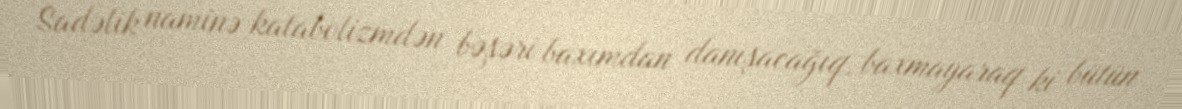
Sadəlik naminə katabolizmdən bəşəri baxımdan danışacağıq, baxmayaraq ki bütün